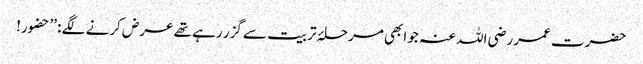
حضرت عمر رضی اللہ عنہ جو ابھی مرحلۂ تربیت سے گزر رہے تھے عرض کرنے لگے : ’’حضور!